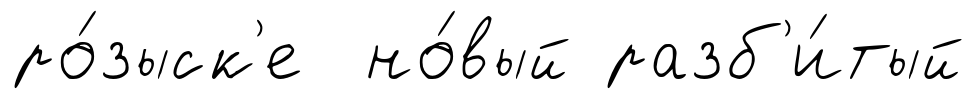
ро́зыск'е но́вый разб'и́тый